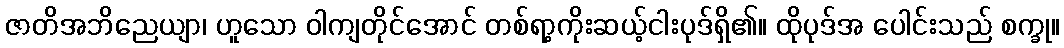
ဇာတိအဘိညေယျာ၊ ဟူသော ဝါကျတိုင်အောင် တစ်ရာ့ကိုးဆယ့်ငါးပုဒ်ရှိ၏။ ထိုပုဒ်အ ပေါင်းသည် စက္ခု။